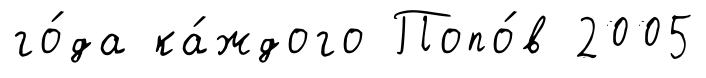
го́да ка́ждого Попо́в 2005